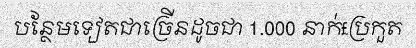
បន្ថែមទៀតជាច្រើនដូចជា 1.000 នាក់£ប្រកួត